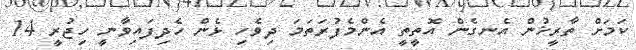
ކަމަށް ތާރީޚުން އެނގެން އޮތީތީ އެންމެފުރަތަމަ ދިވެހި ޅެން ހެދިފައިވާނީ ހިޖުރީ 14